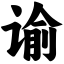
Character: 谕